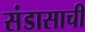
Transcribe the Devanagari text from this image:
संडासाची